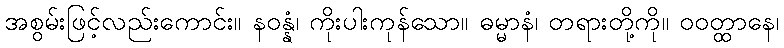
အစွမ်းဖြင့်လည်းကောင်း။ နဝန္နံ၊ ကိုးပါးကုန်သော။ ဓမ္မာနံ၊ တရားတို့ကို။ ဝဝတ္ထာနေ၊